Statistics of inoculations with Haffkine's anti-plague vaccine 1897-1900
Year: 1897
Disease focus: Plague
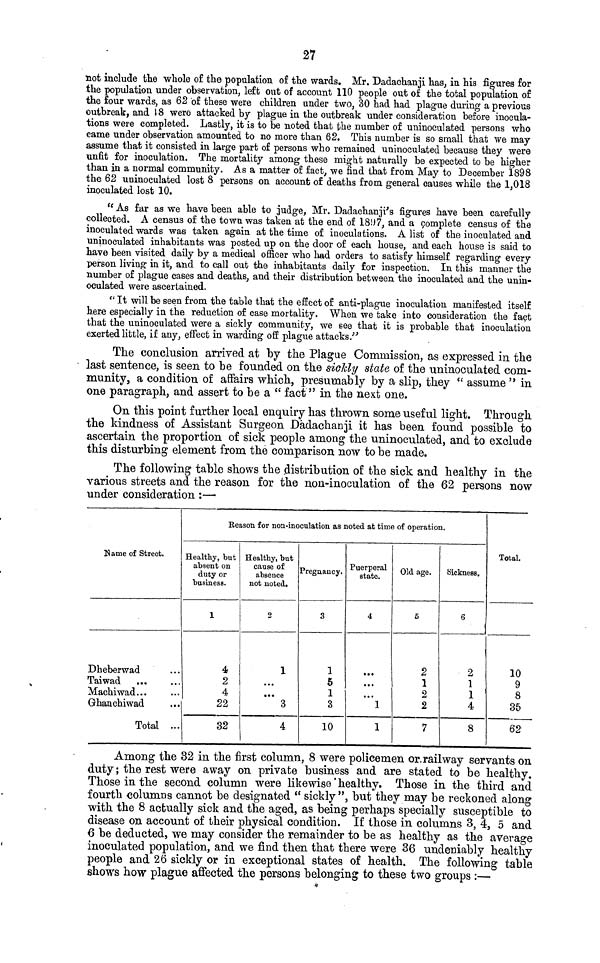
27
not include the whole of the population of the wards. Mr. Dadachanji has, in his figures for
the population under observation, left out of account 110 people out of the total population of
the four wards, as 62 of these were children under two, 30 had had plague during a previous
outbreak, and 18 were attacked by plague in the outbreak under consideration before inocula-
tions were completed. Lastly, it is to be noted that the number of uninoculated persons who
came under observation amounted to no more than 62. This number is so small that we may
assume that it consisted in large part of persons who remained uninoculated because they were
unfit for inoculation. The mortality among these might naturally be expected to be higher
than in a normal community. As a matter of fact, we find that from May to December 1898
the 62 uninoculated lost 8 persons on account of deaths from general causes while the 1,018
inoculated lost 10.
" As far as we have been able to judge, Mr. Dadachanji's figures have been carefully
collected. A census of the town was taken at the end of 1897, and a complete census of the
inoculated wards was taken again at the time of inoculations. A list of the inoculated and
uninoculated inhabitants was posted up on the door of each house, and each house is said to
have been visited daily by a medical officer who liad orders to satisfy himself regarding every
person living in it, and to call out the inhabitants daily for inspection. In this manner the
number of plague cases and deaths, and their distribution between the inoculated and the unin-
oculated were ascertained,
" It will be seen from the table that the effect of anti-plague inoculation manifested itself
here especially in the reduction of case mortality. When we take into consideration the fact
that the uninoculated were a sickly community, we see that it is probable that inoculation
exerted little, if any, effect in warding off plague attacks."
The conclusion arrived at by the Plague Commission, as expressed in the
last sentence, is seen to be founded on the sickly state of the uninoculated com-
munity, a condition of affairs which, presumably by a slip, they " assume " in
one paragraph, and assert to be a " fact " in the next one.
On this point further local enquiry has thrown some useful light. Through
the kindness of Assistant Surgeon Dadachanji it has been found possible to
ascertain the proportion of sick people among the uninoculated, and to exclude
this disturbing element from the comparison now to be made.
The following table shows the distribution of the sick and healthy in the
various streets and the reason for the non-inoculation of the 62 persons now
under consideration :—
Reason for non-inoculation as noted at time of operation.
Name of Street.
Dheberwad ...
Tai wad
...
Machi wad...
Ghanchiwad
Total ...
Healthy, but
absent on
duty or
business.
1
4
2
4
22
32
Healthy, but
cause of
absence
not noted.
2
1
...
··· 3
4
Pregnancy.
3
1
5
1
3
10
Puerperal
state.
4
...
...
1
1
Old age.
5
2
1
2
2
7
Sickness.
6
2
1
1
4
8
Total.
10
9
8
35
62
Among the 32 in the first column, 8 were policemen or rail way servants on
duty ; the rest were away on private business and are stated to be healthy.
Those in the second column were likewise healthy. Those in the third and
fourth columns cannot be designated " sickly ", but they may be reckoned along
with the 8 actually sick and the aged, as being perhaps specially susceptible to
disease on account of their physical condition. If those in columns 3, 4, δ and
6 be deducted, we may consider the remainder to be as healthy as the average
inoculated population, and we find then that there were 36 undeniably healthy
people and 26 sickly or in exceptional states of health. The following table
shows how plague affected the persons belonging to these two groups :—